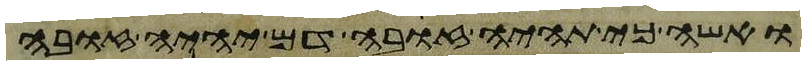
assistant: ואשה כי תהיה זבה דם יהיה זובה